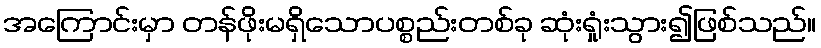
အကြောင်းမှာ တန်ဖိုးမရှိသောပစ္စည်းတစ်ခု ဆုံးရှုံးသွား၍ဖြစ်သည်။